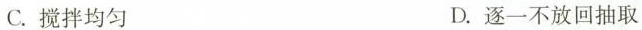
C.搅拌均匀 D.逐一不放回抽取